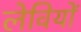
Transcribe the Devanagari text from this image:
लेवियों